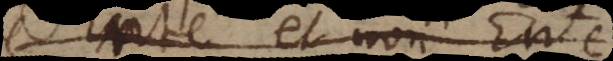
Ente et non Ente